Annual administration report of the Civil Veterinary Department of India - 1895-1896
Year: 1895
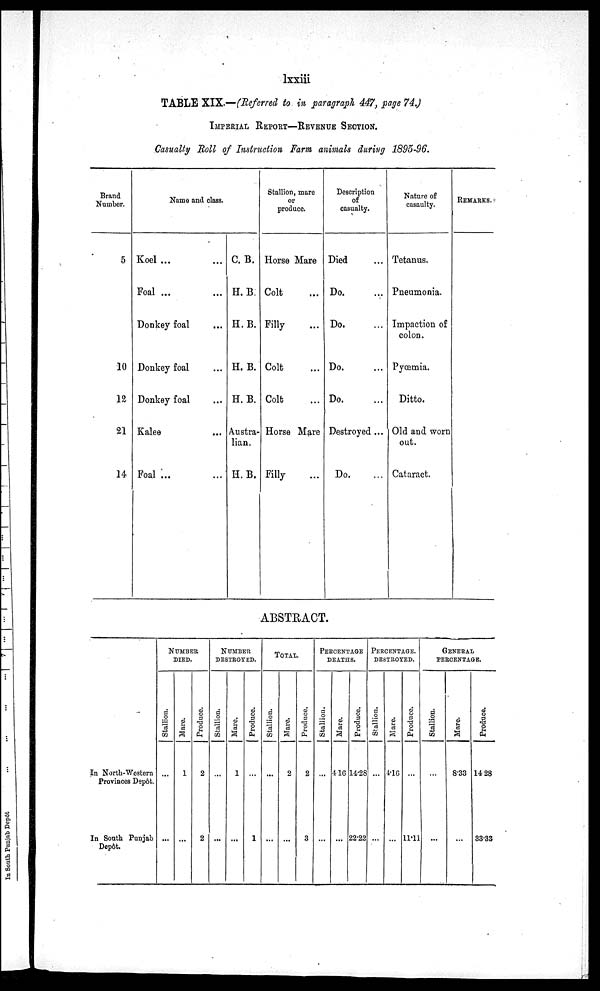
lxxiii
TABLE XIX.—(Referred to in paragraph 447, page 74.)
IMPERIAL REPORT—REVENUE SECTION.
Casualty Boll of Instruction Farm animals during 1895-96.
Brand
Number.
5
10
12
21
14
Name and class.
Koel ...
Foal ...
Donkey foal
Donkey foal
Donkey foal
Kalee
Foal ...
C. B.
H. B.
H. B.
H. B.
H. B.
Austra-
lian.
H. B.
Stallion, mare
or
produce.
Horse Mare
Colt ...
Filly ...
Colt ...
Colt ...
Horse Mare
Filly ...
Description
of
casualty.
Died ...
Do. ...
Do. ...
Do. ...
Do. ...
Destroyed ...
Do. ...
Nature of
casaulty.
Tetanus.
Pneumonia.
Impaction of
colon.
Pyœmia.
Ditto.
Old and worn
out.
Cataract.
REMARKS.
ABSTRACT.
In North-Western
Provinces Depôt.
In South Punjab
Depôt.
NUMBER
DIED.
Stallion.
...
...
Mare.
1
...
Produce.
2
2
NUMBER
DESTROYED.
Stallion.
...
...
Mare.
1
...
Produce.
...
1
TOTAL.
Stallion.
...
...
Mare.
2
...
Produce.
2
3
PERCENTAGE
DEATHS.
Stallion.
...
...
Mare.
4.16
...
Produce.
14.28
22.22
PERCENTAGE
DESTROYED.
Stallion.
...
...
Mare.
4.16
...
Produce.
...
11.11
GENERAL
PERCETAGE.
Stallion.
...
...
Mare.
8.33
...
Produce.
14.28
33.33